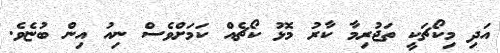
އަދި މިކޯޗަކީ ތަޖުރިމާ ކާރު މޮޅު ކޯޗެއް ކަމަށްވެސް ނިއު އިން ބުޏެވެ.